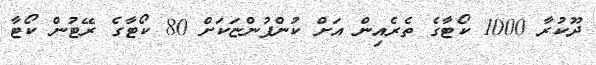
ދޫކުރާ 1000 ކޯޓާގެ ތެރެއިން އަށް ކުންފުންޏަކަށް 80 ކޯޓާގެ ރޭޓުން ކޯޓާ